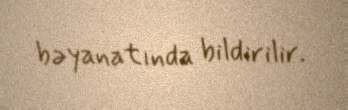
bəyanatında bildirilir.